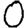
Digit: 0